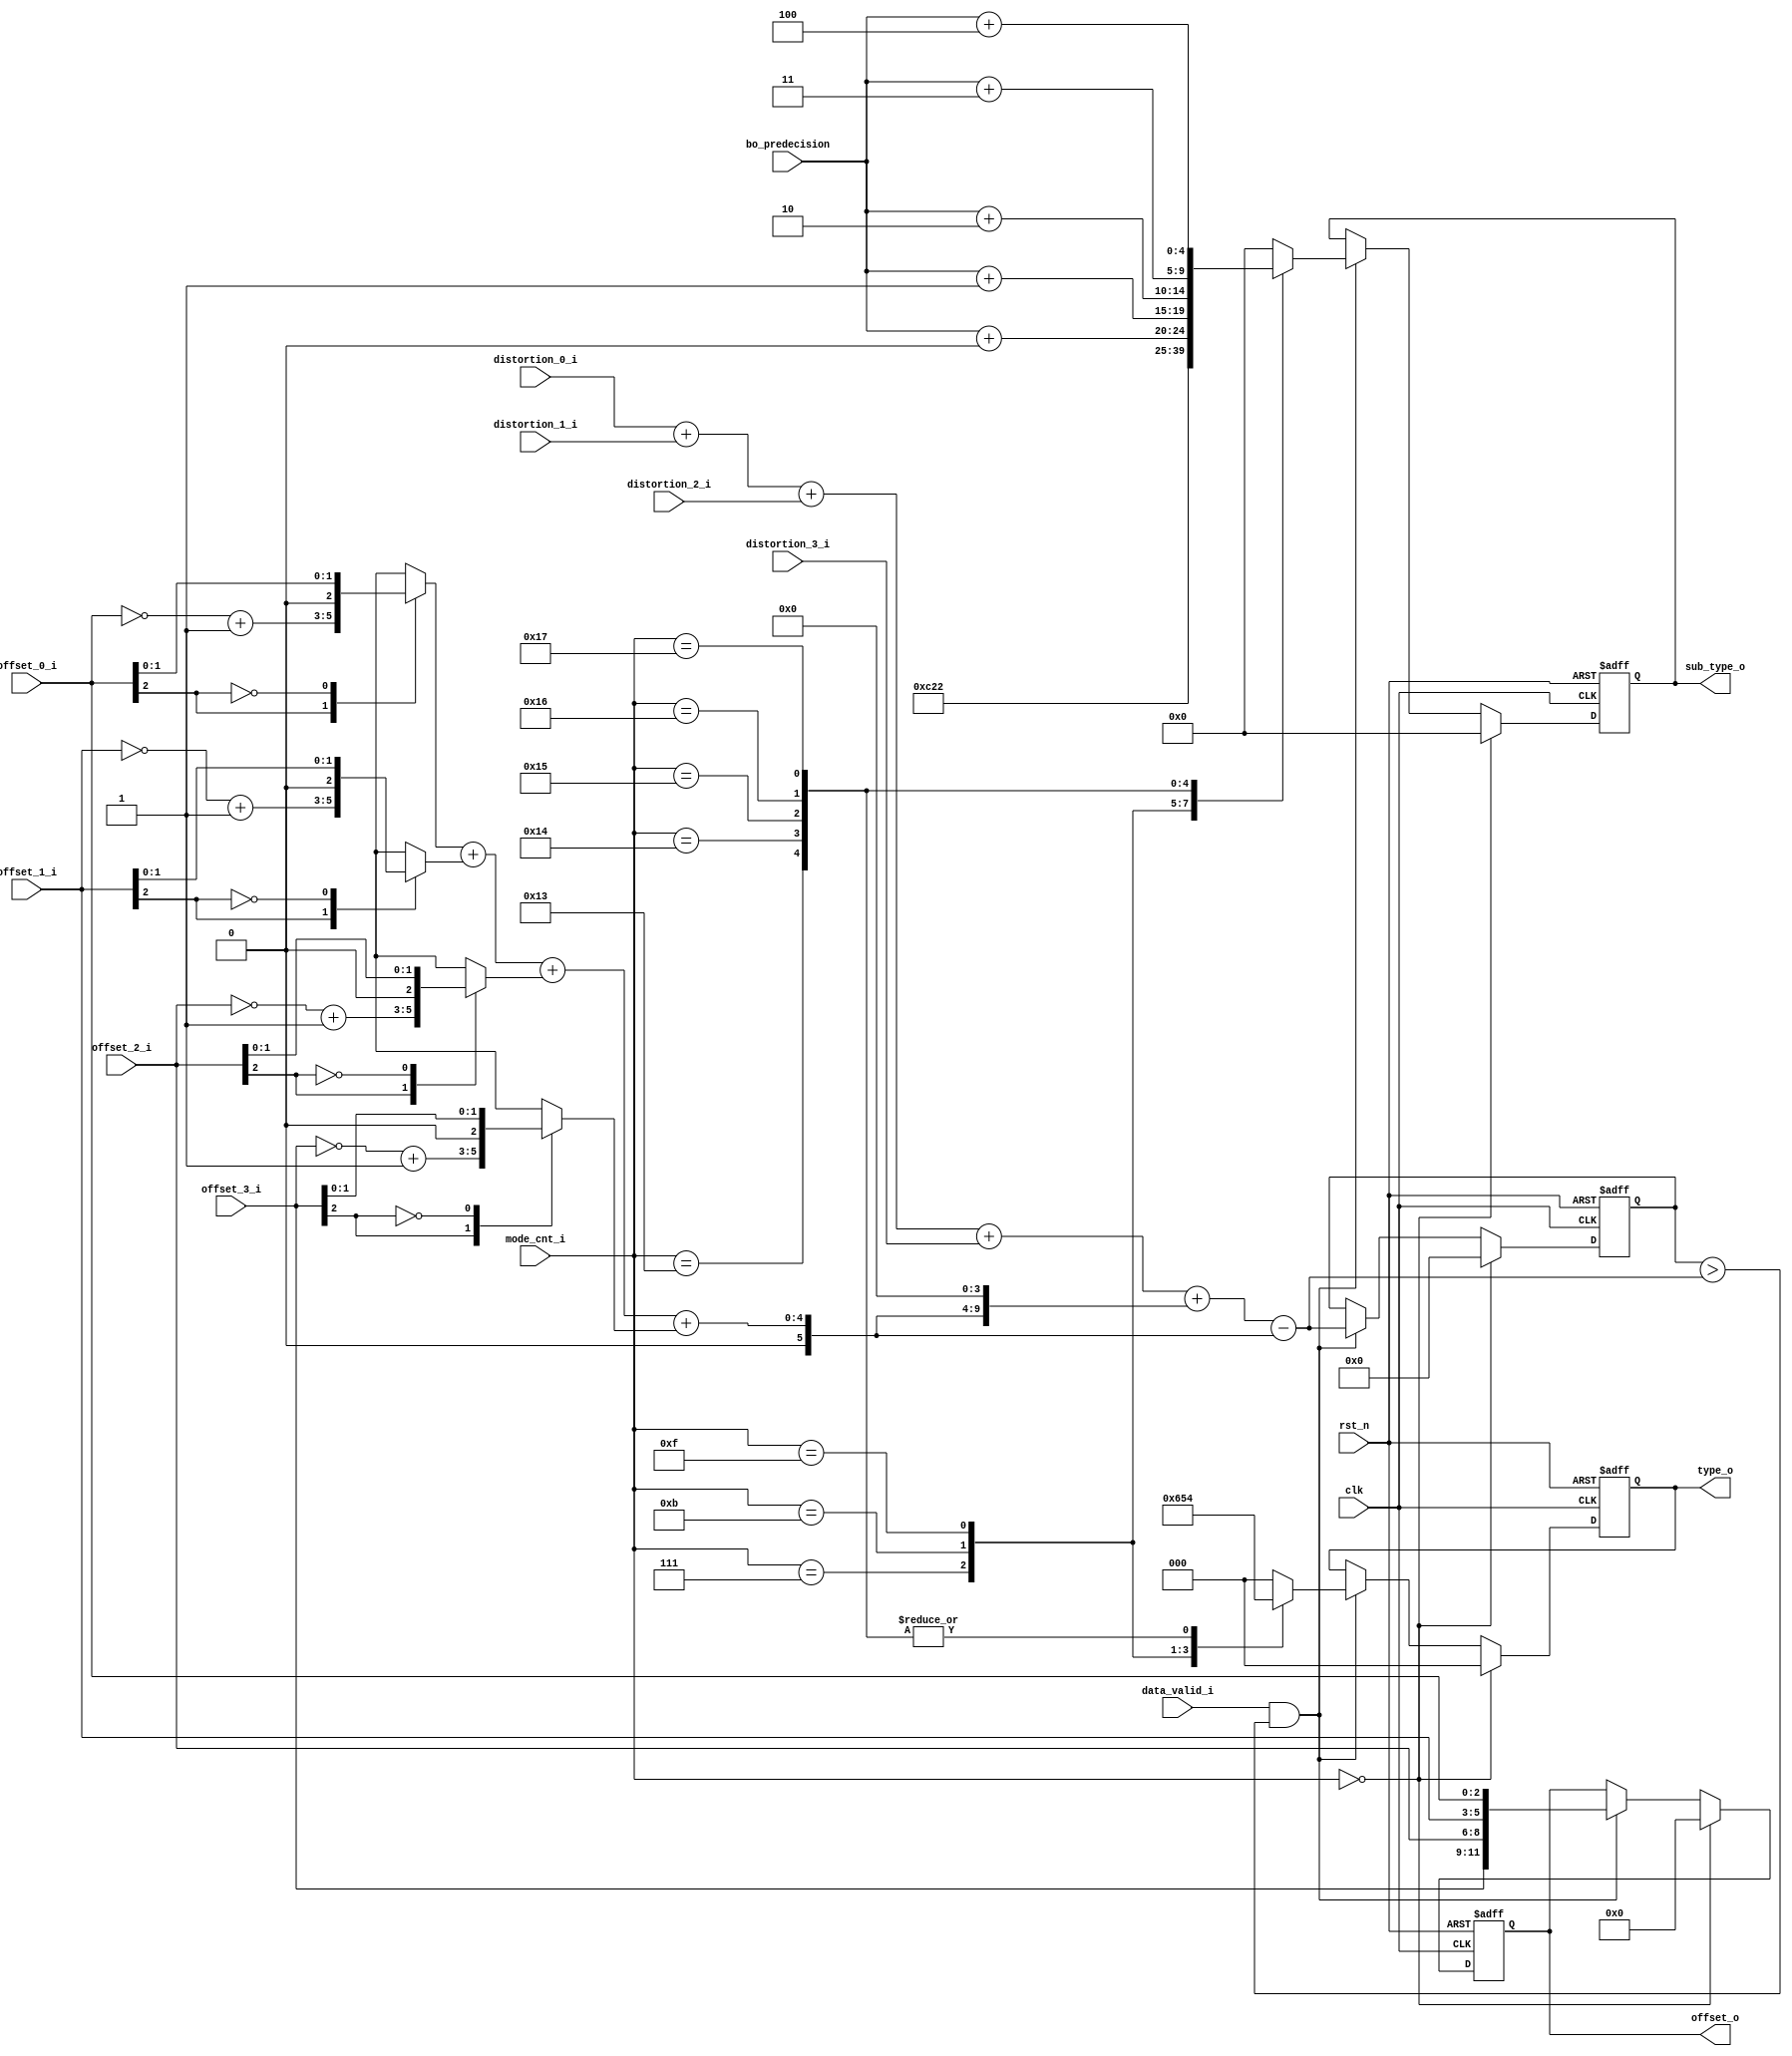
//------------------------------------------------------------------- 
//                                                                    
//  COPYRIGHT (C) 2011, VIPcore Group, Fudan University               
//                                                                    
//  THIS FILE MAY NOT BE MODIFIED OR REDISTRIBUTED WITHOUT THE        
//  EXPRESSED WRITTEN CONSENT OF VIPcore Group                        
//                                                                    
//  VIPcore       : http://soc.fudan.edu.cn/vip                       
//  IP Owner      : Yibo FAN                                          
//  Contact       : fanyibo@fudan.edu.cn                              
//------------------------------------------------------------------- 
// Author         :                                       
// Created        :                                       
// Description    : calculation the final offset                      
//------------------------------------------------------------------- 
module sao_type_decision(
                                clk                      ,
                                rst_n                    ,
                                data_valid_i             ,
                                bo_predecision           ,
                                mode_cnt_i               ,
                                offset_0_i               ,
                                offset_1_i               ,
                                offset_2_i               ,
                                offset_3_i               ,
                                distortion_0_i           ,
                                distortion_1_i           ,
                                distortion_2_i           ,
                                distortion_3_i           ,
                                type_o                   ,
                                sub_type_o               ,
                                offset_o                                                                 
                            );
//---------------------------------------------------------------------------
//                                                                           
//                        INPUT/OUTPUT DECLARATION                           
//                                                                           
//---------------------------------------------------------------------------

parameter SAO_DIS_WIDTH = 20 ;

input                           clk                ;
input                           rst_n              ;
input                           data_valid_i       ;
input          [          4:0 ] bo_predecision     ;
input          [          4:0 ] mode_cnt_i         ;
input  signed  [          2:0 ] offset_0_i       ;
input  signed  [          2:0 ] offset_1_i       ;
input  signed  [          2:0 ] offset_2_i       ;
input  signed  [          2:0 ] offset_3_i       ;
input  signed  [SAO_DIS_WIDTH-1:0 ] distortion_0_i   ;
input  signed  [SAO_DIS_WIDTH-1:0 ] distortion_1_i   ;
input  signed  [SAO_DIS_WIDTH-1:0 ] distortion_2_i   ;
input  signed  [SAO_DIS_WIDTH-1:0 ] distortion_3_i   ;
output         [          2:0 ] type_o           ;
output         [          4:0 ] sub_type_o       ;
output signed  [         11:0 ] offset_o         ;
//---------------------------------------------------------------------------
//                                                                           
//               declare reg signals                                         
//                                                                           
//---------------------------------------------------------------------------
/*
reg  signed   [          2:0 ] offset_0_r       ;
reg  signed   [          2:0 ] offset_1_r       ;
reg  signed   [          2:0 ] offset_2_r       ;
reg  signed   [          2:0 ] offset_3_r       ;

reg   signed  [SAO_DIS_WIDTH-1:0 ] distortion_0_r   ;
reg   signed  [SAO_DIS_WIDTH-1:0 ] distortion_1_r   ;
reg   signed  [SAO_DIS_WIDTH-1:0 ] distortion_2_r   ;
reg   signed  [SAO_DIS_WIDTH-1:0 ] distortion_3_r   ;
*/
reg           [          2:0 ] offset_abs_0_r   ;
reg           [          2:0 ] offset_abs_1_r   ;
reg           [          2:0 ] offset_abs_2_r   ;
reg           [          2:0 ] offset_abs_3_r   ;

wire          [          4:0 ] offset_abs_0t3_w  ;
wire  signed  [          5:0 ] offset_0t3_w      ;
wire  signed  [SAO_DIS_WIDTH+1:0 ] distortion_0t3_w ;
wire  signed  [SAO_DIS_WIDTH+2:0 ] cost_0t3_w       ;

reg           [          2:0 ] type_o           ;
reg           [          4:0 ] sub_type_o       ;
reg           [         11:0 ] offset_o         ;

reg           [          2:0 ] type_r           ;
reg           [          4:0 ] sub_type_r       ;

/*
// reg signals  offset_r 
always @(posedge clk or negedge rst_n) begin       
    if(!rst_n)  begin                              
        offset_0_r <= 3'd0 ;offset_1_r <= 3'd0 ;offset_2_r <= 3'd0 ;offset_3_r <= 3'd0 ;
    end
    else if(data_valid_i)  begin                    
        offset_0_r <= offset_0_i ;offset_1_r <= offset_1_i ;
        offset_2_r <= offset_2_i ;offset_3_r <= offset_3_i ;
    end
    else begin                   
        offset_0_r <= 3'd0 ;offset_1_r <= 3'd0 ;offset_2_r <= 3'd0 ;offset_3_r <= 3'd0 ;
    end
end

//reg signals  distortion__r 
always @(posedge clk or negedge rst_n) begin       
    if(!rst_n)  begin                              
        distortion_0_r <= 'd0 ;distortion_1_r <= 'd0 ;distortion_2_r <= 'd0 ;distortion_3_r <= 'd0 ;
    end
    else if(data_valid_i)  begin                    
        distortion_0_r <= distortion_0_i ;distortion_1_r <= distortion_1_i ;
        distortion_2_r <= distortion_2_i ;distortion_3_r <= distortion_3_i ;
    end
    else begin                   
        distortion_0_r <= 'd0 ;distortion_1_r <= 'd0 ;distortion_2_r <= 'd0 ;distortion_3_r <= 'd0 ;
    end
end
*/
// calculation offset_abs__r  
always @* begin                                               
    case(offset_0_i[2])                                     
        1'b1 : offset_abs_0_r   =   {~offset_0_i} + 1'b1 ;
        1'b0 : offset_abs_0_r   =    offset_0_i          ;
    endcase                                                     
end                                                           

always @* begin                                               
    case(offset_1_i[2])                                     
        1'b1 : offset_abs_1_r   =   {~offset_1_i} + 1'b1 ;
        1'b0 : offset_abs_1_r   =    offset_1_i          ;
    endcase                                                     
end                                                           

always @* begin                                               
    case(offset_2_i[2])                                     
        1'b1 : offset_abs_2_r   =   {~offset_2_i} + 1'b1 ;
        1'b0 : offset_abs_2_r   =    offset_2_i          ;
    endcase                                                     
end                                                           

always @* begin                                               
    case(offset_3_i[2])                                     
        1'b1 : offset_abs_3_r   =   {~offset_3_i} + 1'b1 ;
        1'b0 : offset_abs_3_r   =    offset_3_i          ;
    endcase                                                     
end                                                           
                                                                                   


// calculation offset_abs_t_r  
assign  offset_abs_0t3_w  =   offset_abs_0_r  +  offset_abs_1_r + offset_abs_2_r  +  offset_abs_3_r ;

// calculation offset_abs_t_r  
assign  offset_0t3_w  =   {1'b0,offset_abs_0t3_w};

// calculation distortion_t_r  
assign  distortion_0t3_w  =   distortion_0_i  +  distortion_1_i + distortion_2_i  +  distortion_3_i;

// calculation cost_t_r  
assign  cost_0t3_w  =   distortion_0t3_w + (offset_0t3_w<<4) - offset_0t3_w;

//---------------------------------------------------------------------------
//                                                                           
//               compare cost_t_r                                          
//                                                                           
//---------------------------------------------------------------------------
always @ ( * ) begin 
    type_r      =3'd0; 
    sub_type_r  = 5'd0; 
    case ( mode_cnt_i )
        5'd3 : begin type_r = 3'd0; sub_type_r = 5'd0; end // EO_0   : 0
        5'd7 : begin type_r = 3'd3; sub_type_r = 5'd3; end // EO_45  : 3
        5'd11: begin type_r = 3'd1; sub_type_r = 5'd1; end // EO_90  : 1
        5'd15: begin type_r = 3'd2; sub_type_r = 5'd2; end // EO_135 : 2
        5'd19: begin type_r = 3'd4; sub_type_r = bo_predecision+1'b0; end 
        5'd20: begin type_r = 3'd4; sub_type_r = bo_predecision+2'd1; end 
        5'd21: begin type_r = 3'd4; sub_type_r = bo_predecision+3'd2; end 
        5'd22: begin type_r = 3'd4; sub_type_r = bo_predecision+3'd3; end 
        5'd23: begin type_r = 3'd4; sub_type_r = bo_predecision+3'd4; end 
      default: begin type_r = 0   ; sub_type_r = 0                  ; end 
    endcase 
end

reg  signed   [SAO_DIS_WIDTH+2:0 ]      min_cost;
always @ ( posedge clk or negedge rst_n ) begin
    if ( !rst_n ) begin 
        min_cost        <= 0             ;
        offset_o        <= 12'd0         ;
        type_o          <= 0             ;
        sub_type_o      <= 0             ;
    end else if ( mode_cnt_i == 0 ) begin 
        min_cost        <= 0             ;
        offset_o        <= 12'd0         ;
        type_o          <= 0             ;
        sub_type_o      <= 0             ;
    end 
    else if ( data_valid_i && ( min_cost > cost_0t3_w ) ) begin 
        min_cost        <= cost_0t3_w           ;
        offset_o        <= {offset_3_i,offset_2_i,offset_1_i,offset_0_i};
        type_o          <= type_r               ;
        sub_type_o      <= sub_type_r           ;
    end 
end  

endmodule